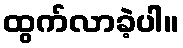
ထွက်လာခဲ့ပါ။